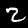
Label: 2